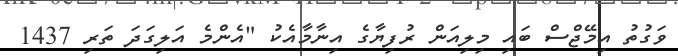
ވަގުތު އިމޭޖްސް ބައި މިލިއަން ރުފިޔާގެ އިނާމާއެކު "އެންމެ އަލިގަދަ ތަރި 1437